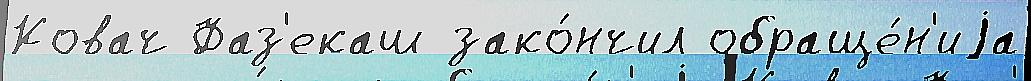
Ковач Фаз'екаш зако́нчил обраще́н'иjа